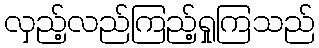
လှည့်လည်ကြည့်ရှုကြသည်